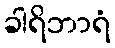
ခါရိဘာရံ